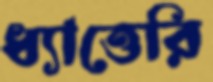
ধ্যাত্তেরি